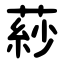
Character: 䔋